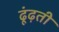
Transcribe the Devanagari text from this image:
ढूंढ़ती